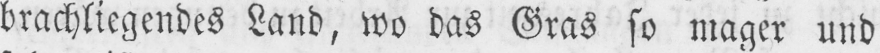
brachliegendes Land, wo das Gras so mager und